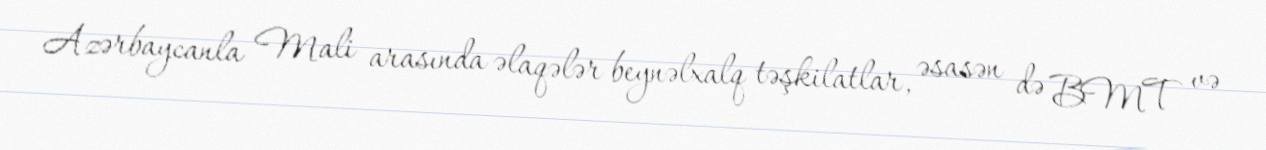
Azərbaycanla Mali arasında əlaqələr beynəlxalq təşkilatlar, əsasən də BMT və